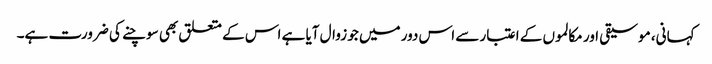
کہانی، موسیقی اور مکالموں کے اعتبار سے اس دور میں جو زوال آیا ہے اس کے متعلق بھی سوچنے کی ضرورت ہے۔